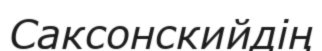
Саксонскийдің